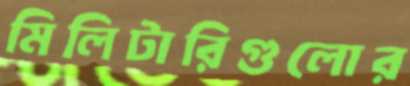
মিলিটারিগুলোর